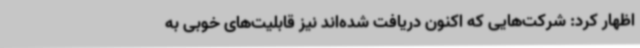
اظهار کرد: شرکت‌هایی که اکنون دریافت شده‌اند نیز قابلیت‌های خوبی به